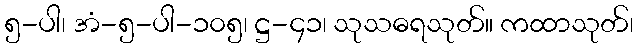
၅-ပါ၊ အံ-၅-ပါ-၁၀၅၊ ဋ္ဌ-၄၁၊ သုသဓရသုတ်။ ကထာသုတ်၊